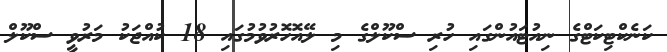
ކަނެކްޓިކަޓްގެ ނިއުޓައުންގައި ހުރި ސްކޫލްގެ މި ލޭއޮހޮރުވުމުގައި 18 ކުއްޖަކު މަރުވީ ސްކޫލް